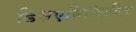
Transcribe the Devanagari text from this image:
डिसएबिलिटीज़